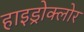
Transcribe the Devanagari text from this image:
हाइड्रोक्लोर